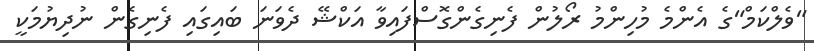
"ވެލްކަމް"ގެ އެންމެ މުހިންމު ރޯލުން ފެނިގެންގޮސްފައިވާ އަކްޝޭ ދެވަނަ ބައިގައި ފެނިގެން ނުދިޔުމަކީ